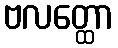
ဗလတ္ထော